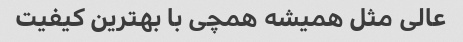
عالی مثل همیشه همچی با بهترین کیفیت